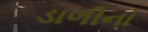
ડાળીના